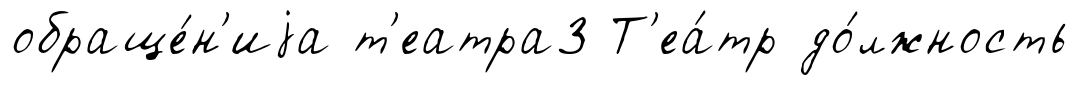
обраще́н'иjа т'еатра3 Т'еа́тр до́лжность